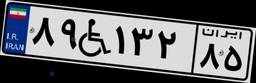
۸۱W۷۷۲۸۳